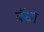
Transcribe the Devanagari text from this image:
बॅधा